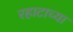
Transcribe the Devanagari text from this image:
रहाटाच्या